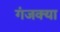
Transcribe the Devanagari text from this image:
गंजक्या